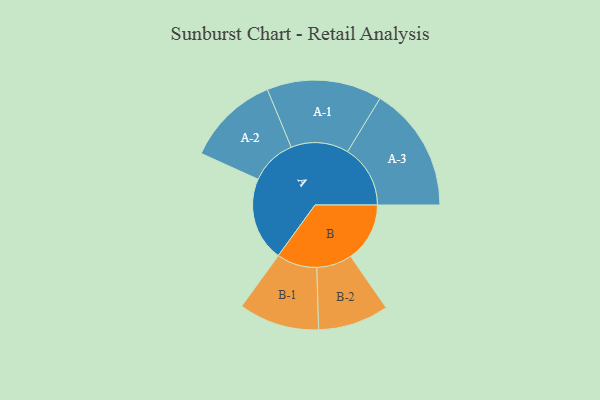
{"axis": {"x": "Segment", "y": "Value"}, "legend": ["", "A", "B"], "data": [{"x": "A", "y": 325, "type": ""}, {"x": "B", "y": 229, "type": ""}, {"x": "A-1", "y": 223, "type": "A"}, {"x": "A-2", "y": 179, "type": "A"}, {"x": "A-3", "y": 243, "type": "A"}, {"x": "B-1", "y": 156, "type": "B"}, {"x": "B-2", "y": 137, "type": "B"}]}